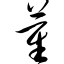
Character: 萑